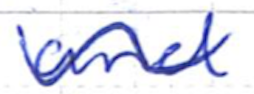
Text: and
Cross-out: wave
Writing tool: ballpoint